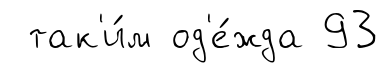
так'и́м од'е́жда 93